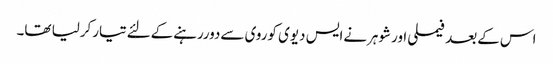
اس کےبعد فیملی اورشوہرنےایس دیوی کوروی سےدوررہنےکےلئےتیارکرلیا تھا۔